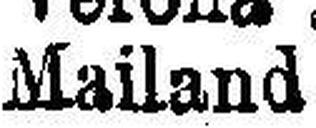
Mailan